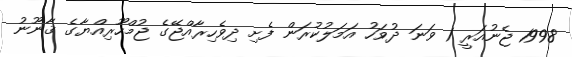
1998 ޖެނުއަރީ 1 ވަނަ ދުވަހު އަމަލުކުރަން ފެށި ދިވެހިރާއްޖޭގެ ޖުމްހޫރިއްޔާގެ ޤާނޫނު